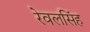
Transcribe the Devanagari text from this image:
रेवलसिंह